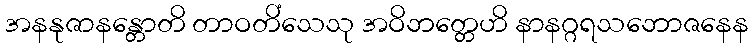
အနနုဇာနန္တောတိ တာဝတိံသေသု အဝိဘတ္တေဟိ နာနဂ္ဂရသဘောဇနေန